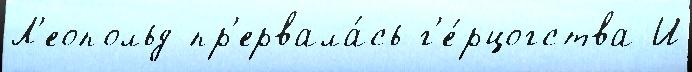
Л'еопольд пр'ервала́сь г'е́рцогства И